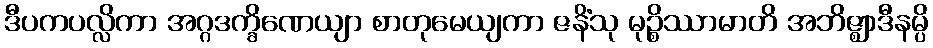
ဒီပကပလ္လိကာ အဂ္ဂဒက္ခိဏေယျာ စာတုမေယျကာ ဇနိံသု မုဉ္စိဿာမာတိ အဘိဇ္ဈာဒီနမ္ပိ